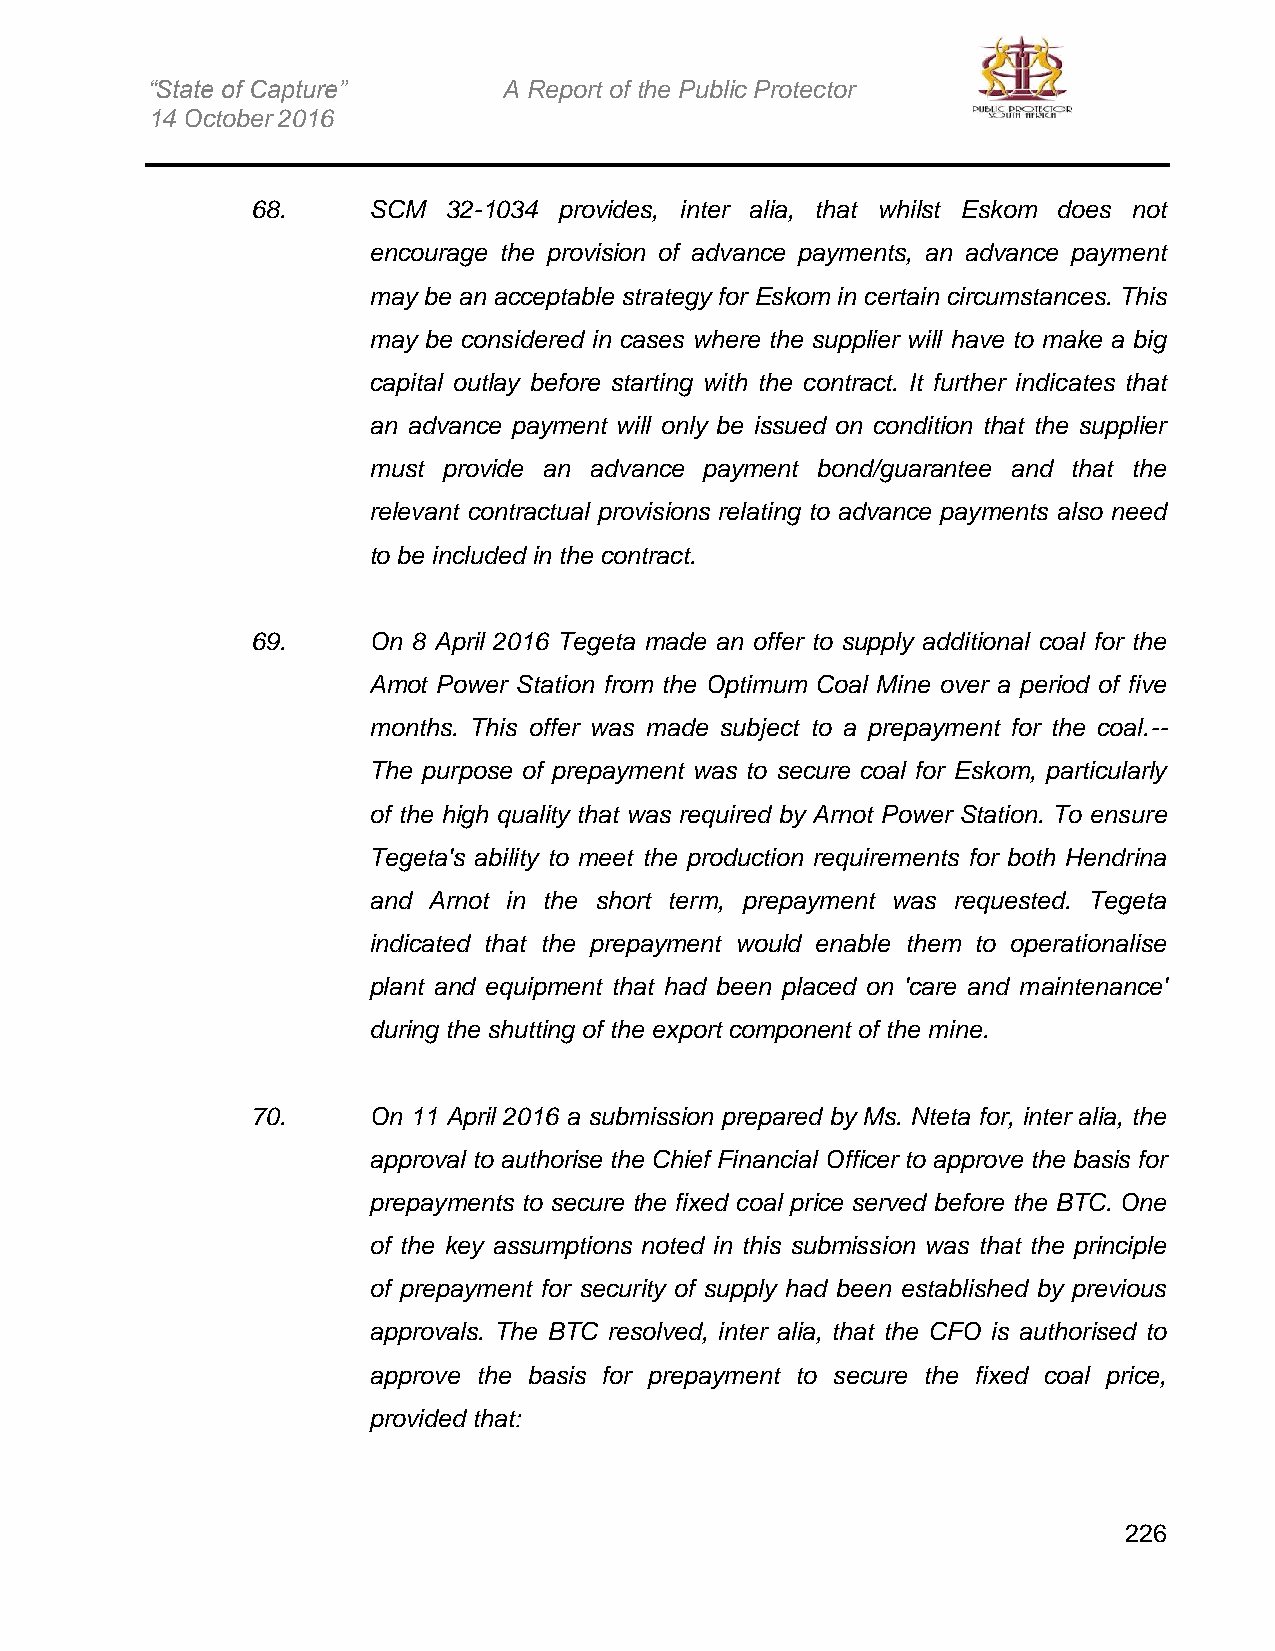
“State of Capture”     A Report of the Public Protector
 14 October 2016
 68.    SCM  32-1034 provides, inter alia, that whilst Eskom does not
 encourage the provision of advance payments, an advance payment
 may be an acceptable strategy for Eskom in certain circumstances. This
 may be considered in cases where the supplier will have to make a big
 capital outlay before starting with the contract. It further indicates that
 an advance payment will only be issued on condition that the supplier
 must provide an advance payment bond/guarantee and that the
 relevant contractual provisions relating to advance payments also need
 to be included in the contract.
 69.    On 8 April 2016 Tegeta made an offer to supply additional coal for the
 Amot Power Station from the Optimum Coal Mine over a period of five
 months. This offer was made subject to a prepayment for the coal.--
 The purpose of prepayment was to secure coal for Eskom, particularly
 of the high quality that was required by Arnot Power Station. To ensure
 Tegeta's ability to meet the production requirements for both Hendrina
 and Arnot in the short term, prepayment was requested. Tegeta
 indicated that the prepayment would enable them to operationalise
 plant and equipment that had been placed on 'care and maintenance'
 during the shutting of the export component of the mine.
 70.    On 11 April 2016 a submission prepared by Ms. Nteta for, inter alia, the
 approval to authorise the Chief Financial Officer to approve the basis for
 prepayments to secure the fixed coal price served before the BTC. One
 of the key assumptions noted in this submission was that the principle
 of prepayment for security of supply had been established by previous
 approvals. The BTC resolved, inter alia, that the CFO is authorised to
 approve the basis for prepayment to secure the fixed coal price,
 provided that:
 226